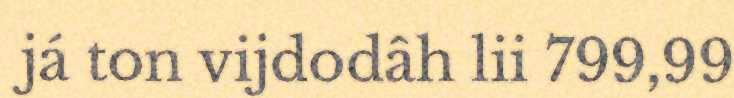
já ton vijdodâh lii 799,99